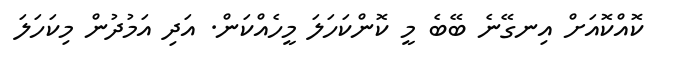
ކޮއްކޮއަށް އިނގޭނެ ބޭބެ މީ ކޮންކަހަލަ މީހެއްކަން. އަދި އަމުދުން މިކަހަލަ